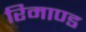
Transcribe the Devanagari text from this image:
रिमाण्ड